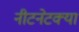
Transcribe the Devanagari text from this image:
नीटनेटक्या